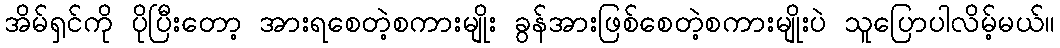
အိမ်ရှင်ကို ပိုပြီးတော့ အားရစေတဲ့စကားမျိုး ခွန်အားဖြစ်စေတဲ့စကားမျိုးပဲ သူပြောပါလိမ့်မယ်။